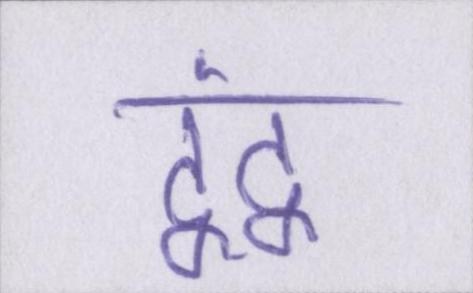
द्वंद्व